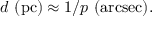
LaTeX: d { \mathrm { ~ ( p c ) } } \approx 1 / p { \mathrm { ~ ( a r c s e c ) } } .